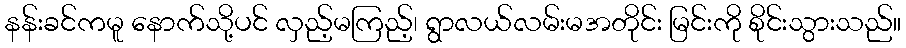
နန်းခင်ကမူ နောက်သို့ပင် လှည့်မကြည့်၊ ရွာလယ်လမ်းမအတိုင်း မြင်းကို စိုင်းသွားသည်။